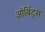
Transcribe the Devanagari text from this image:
ऑर्बिट्स